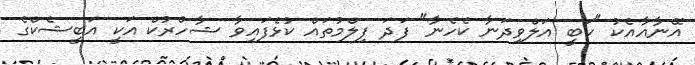
އޭނާއާއެކު "ކަބީ އަލްވިދަނާ ކެހެނާ" ފަދަ ފިލްމުތައް ކުޅެފައިވާ ޝާހްރުކް އަކީ އަބީޝެކްގެ